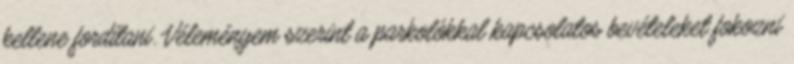
kellene fordítani. Véleményem szerint a parkolókkal kapcsolatos bevételeket fokozni